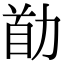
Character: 𠡼